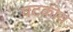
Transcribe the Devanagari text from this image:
घटकीय